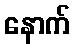
နောက်